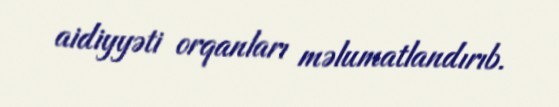
aidiyyəti orqanları məlumatlandırıb.